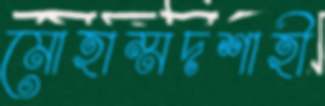
মোহাম্মদশাহী